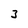
Character: 3